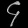
Digit: ၄